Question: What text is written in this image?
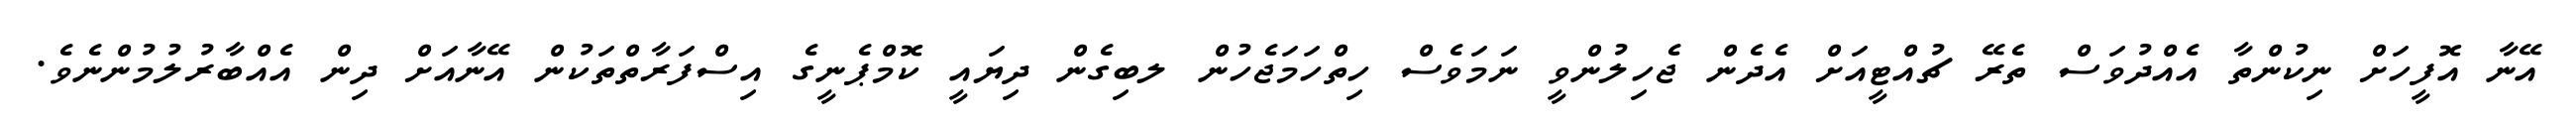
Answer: އޭނާ އޮފީހަށް ނިކުންތާ އެއްދުވަސް ތެރޭ ޗުއްޓީއަށް އެދެން ޖެހިލުންވީ ނަމަވެސް ހިތްހަމަޖެހުން ލބިގެން ދިޔައީ ކޮމްޕެނީގެ އިސްފަރާތްތަކުން އޭނާއަށް ދިން އެއްބާރުލުމުންނެވެ.